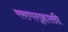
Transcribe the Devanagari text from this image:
रमणगृहासी